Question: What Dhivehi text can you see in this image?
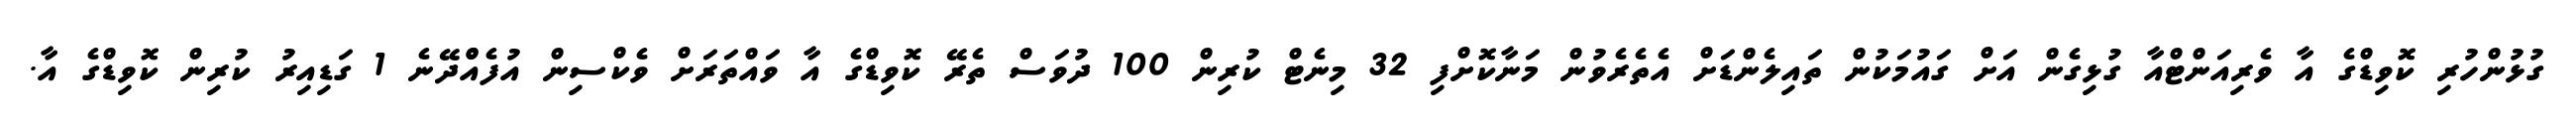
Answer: ގުޅުންހުރި ކޮވިޑްގެ އާ ވެރިއަންޓްއާ ގުޅިގެން އަށް ގައުމަކުން ތައިލެންޑަށް އެތެރެވުން މަނާކޮށްފި 32 މިނެޓް ކުރިން 100 ދުވަސް ތެރޭ ކޮވިޑްގެ އާ ވައްތަރަށް ވެކްސިން އުފެއްްދޭނެ 1 ގަޑިއިރު ކުރިން ކޮވިޑްގެ އާ.